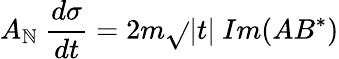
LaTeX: A_{\mathbb{N}}\ \frac{{d\sigma}}{{dt}}=2m\sqrt{}{{|t|}}\ Im(AB^{*})